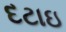
દટાઇ